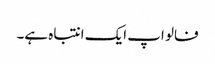
فالو اپ ایک انتباہ ہے۔